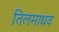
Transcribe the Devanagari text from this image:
तिलमाधव